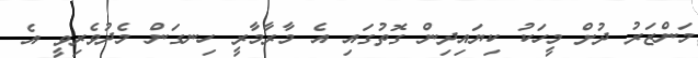
މަންޒަރު ދުށް މީހަކު ކިޔައިދިން ގޮތުގައި އެ މާރާމާރީ ހިނގަން މެދުވެރިވީ އެ